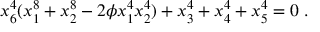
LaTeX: x _ { 6 } ^ { 4 } ( x _ { 1 } ^ { 8 } + x _ { 2 } ^ { 8 } - 2 \phi x _ { 1 } ^ { 4 } x _ { 2 } ^ { 4 } ) + x _ { 3 } ^ { 4 } + x _ { 4 } ^ { 4 } + x _ { 5 } ^ { 4 } = 0 \; .